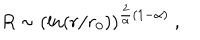
R \sim \left( \ln ( r / r _ { 0 } ) \right) ^ { { \frac { 2 } { \alpha } } ( 1 - \alpha ) } ~ ,